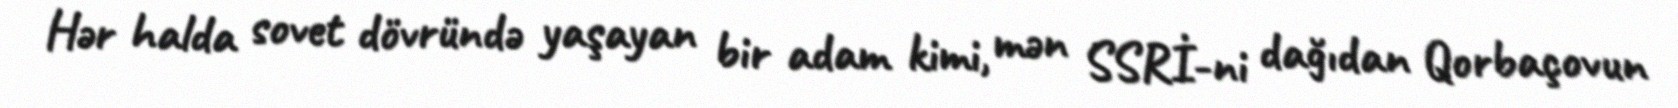
Hər halda sovet dövründə yaşayan bir adam kimi, mən SSRİ-ni dağıdan Qorbaçovun